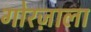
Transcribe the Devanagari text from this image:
गोरज़ाला